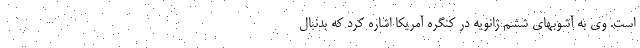
است. وی به آشوبهای ششم ژانویه در کنگره آمریکا اشاره کرد که بدنبال